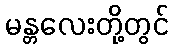
မန္တလေးတို့တွင်